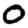
Digit: 0